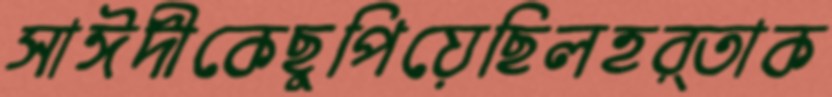
সাঈদীকেছুপিয়েছিলহর্তাক